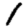
Digit: 1